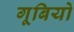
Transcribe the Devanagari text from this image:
गूबियो